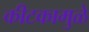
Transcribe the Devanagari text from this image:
कीटकामुळे